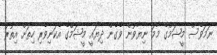
ނަމަވެސް މީޝަމްގެ މާމަ ނިޔާވުން ވެގެން ދިޔައީ މީޝަމްގެ އެކަނިވެރި ހިތަށް އިތުރު